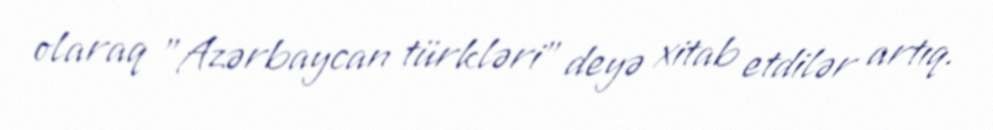
olaraq "Azərbaycan türkləri" deyə xitab etdilər artıq.